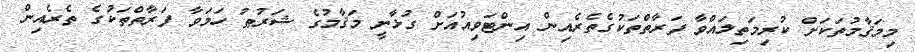
މިމަޤާމުތަކަށް ކުރިމަތިލައްވާ ފަރާތްތަކުގެތެރެއިން އިންޓަވިއުއަށް ގުޅާނީ މަޤާމުގެ ޝަރުޠު ހަމަވާ ފަރާތްތަކުގެ ތެރެއިން